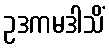
ဥဒကမဒါသိံ